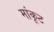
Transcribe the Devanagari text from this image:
मांकूट